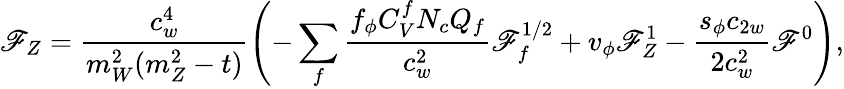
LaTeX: \mathscr{F}_{Z}=\frac{{c_{w}^{4}}}{{m_{W}^{2}(m_{Z}^{2}-t)}}\left(-\sum_{f}\frac{{f_{\phi}C_{V}^{f}N_{c}Q_{f}}}{{c_{w}^{2}}}\mathscr{F}_{f}^{1/2}+v_{\phi}\mathscr{F}_{Z}^{1}-\frac{{s_{\phi}c_{2w}}}{{2c_{w}^{2}}}\mathscr{F}^{0}\right),